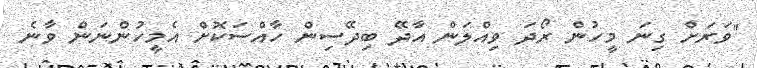
"ވަރަށް ގިނަ މީހުން ރޯދަ ވިއްލަން އާދޭ ބިދޭސިން ހާއްސަކޮށް އެމީހުންނަން ވާނެ